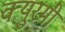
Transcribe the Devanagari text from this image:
क्युरमी